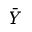
\bar { Y }